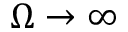
\Omega \to \infty